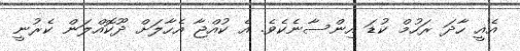
އެއީ ހާދަ ރަހުމް ކުޑަ އިންސާނެކެވެ. އެ ކުއްޖާ އެހާލަށް ދޫކޮއްލަން ކެރުނީ